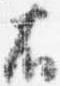
右